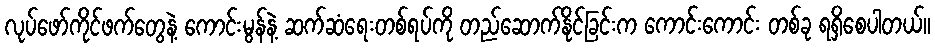
လုပ်ဖော်ကိုင်ဖက်တွေနဲ့ ကောင်းမွန်နဲ့ ဆက်ဆံရေးတစ်ရပ်ကို တည်ဆောက်နိုင်ခြင်းက ကောင်းကောင်း တစ်ခု ရရှိစေပါတယ်။